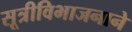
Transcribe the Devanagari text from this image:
सूत्रीविभाजनाने